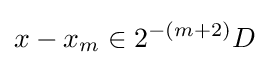
x-x_{m}\in 2^{-(m+2)}D